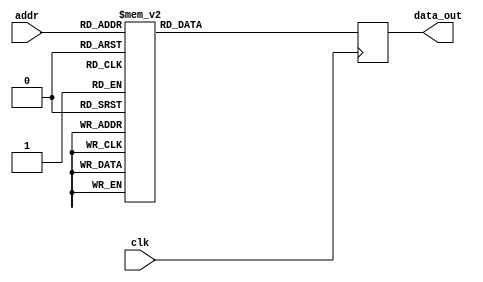
module twiddle_ROM_real_15(
    input wire clk,
    input wire [4:0] addr,
    output reg [15:0] data_out
);

always @(posedge clk) begin
    case(addr)
    
5'b00000: data_out <= 16'h0100 ;
5'b00001: data_out <= 16'h0100 ;
5'b00010: data_out <= 16'h0100 ;
5'b00011: data_out <= 16'h0100 ;
5'b00100: data_out <= 16'h0100 ;
5'b00101: data_out <= 16'h0000 ;
5'b00110: data_out <= 16'h0100 ;
5'b00111: data_out <= 16'h0000 ;
5'b01000: data_out <= 16'h0100 ;
5'b01001: data_out <= 16'h00B5 ;
5'b01010: data_out <= 16'h0000 ;
5'b01011: data_out <= 16'hFF4A ;
5'b01100: data_out <= 16'h0000 ;
5'b01101: data_out <= 16'hFF9E ;
5'b01110: data_out <= 16'hFF4A ;
5'b01111: data_out <= 16'hFF13 ;
5'b10000: data_out <= 16'hFF4A ;
5'b10001: data_out <= 16'hFF2B ;
5'b10010: data_out <= 16'hFF13 ;
5'b10011: data_out <= 16'hFF04 ;
5'b10100: data_out <= 16'hFF13 ;
5'b10101: data_out <= 16'hFF0B ;
5'b10110: data_out <= 16'hFF04 ;
5'b10111: data_out <= 16'hFF01 ;
5'b11000: data_out <= 16'hFF04 ;
5'b11001: data_out <= 16'hFF02 ;
5'b11010: data_out <= 16'hFF01 ;
5'b11011: data_out <= 16'hFF00 ;



        default: data_out <= 16'h00000;
    endcase
end

endmodule